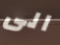
الى